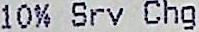
10% SRV CHG